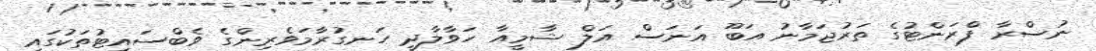
ނުސްރާ ފްރަންޓުގެ ތަރުޖަމާނު އަބޫ އަނަސް އަލް ޝާމީއާ ހަވާލާދީ ހަނގުރާމަވެރިންގެ ވެބްސައިޓުތަކުގައި